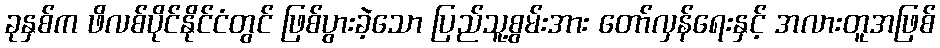
ခုနှစ်က ဖိလစ်ပိုင်နိုင်ငံတွင် ဖြစ်ပွားခဲ့သော ပြည်သူ့စွမ်းအား တော်လှန်ရေးနှင့် အလားတူအဖြစ်